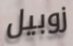
زوبيل